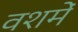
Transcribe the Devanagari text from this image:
वशमें